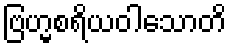
ဗြဟ္မစရိယဝါသောတိ